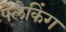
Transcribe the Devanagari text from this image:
फ्लेकिंग